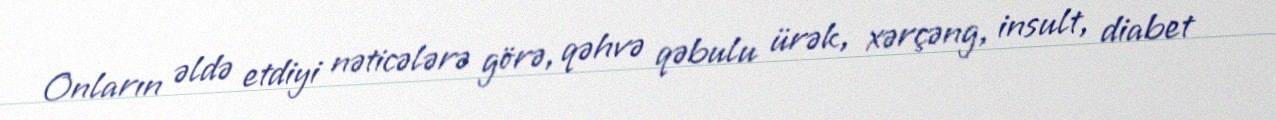
Onların əldə etdiyi nəticələrə görə, qəhvə qəbulu ürək, xərçəng, insult, diabet